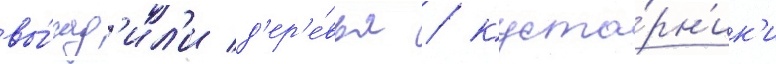
вы́сад'ил'и д'ер'е́вья / куста́рн'ик'и